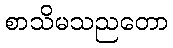
စာသိမသညတော